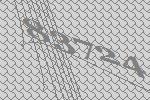
83724